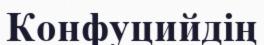
Конфуцийдің